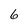
Character: 6